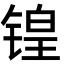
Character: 锽